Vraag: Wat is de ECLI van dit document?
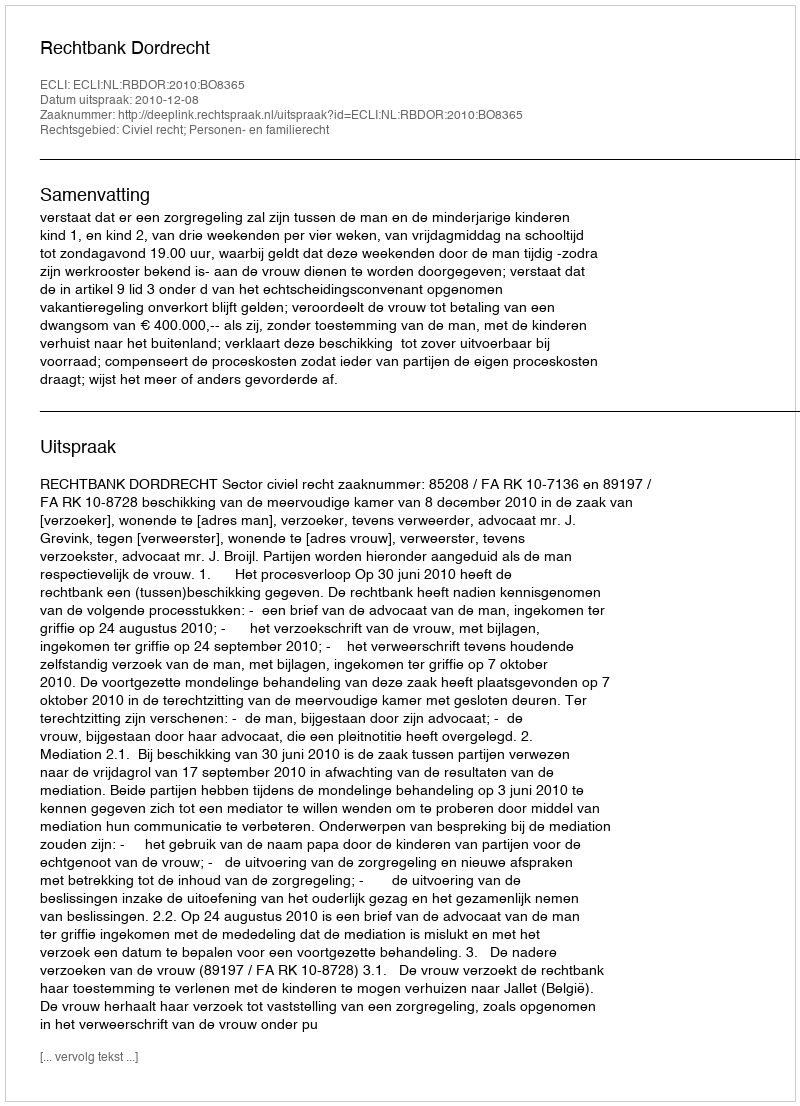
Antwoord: ECLI:NL:RBDOR:2010:BO8365